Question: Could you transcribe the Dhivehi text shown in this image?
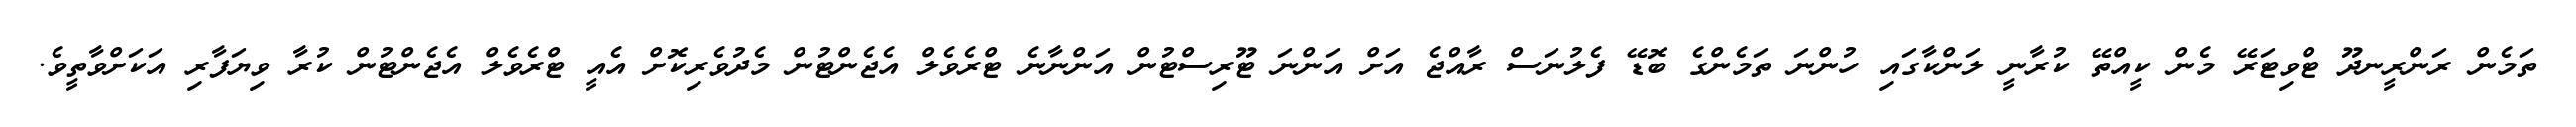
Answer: ތަމެން ރަންރީނދޫ ޓްވިޓަރޭ މެން ކީއްތޭ ކުރާނީ ލަންކާގައި ހުންނަ ތަމެންގެ ބޮޑޭ ފެލުނަސް ރާއްޖެ އަށް އަންނަ ޓޫރިސްޓުން އަންނާނެ ޓްރެވެލް އެޖެންޓުން މެދުވެރިކޮށް އެއީ ޓްރެވެލް އެޖެންޓުން ކުރާ ވިޔަފާރި އަކަށްވާތީވެ.